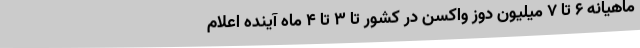
ماهیانه ۶ تا ۷ میلیون دوز واکسن در کشور تا ۳ تا ۴ ماه آینده اعلام